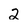
Character: 2